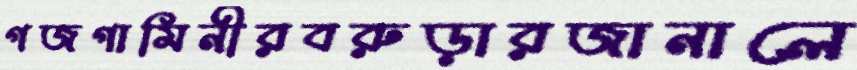
গজগামিনীরবরুড়ারজানালে